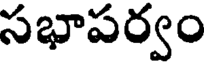
సభాపర్వం